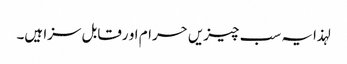
لہذا یہ سب چیزیں حرام او رقابل سزا ہیں۔